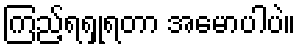
ကြည့်ရရှုရတာ အမောပါပဲ။